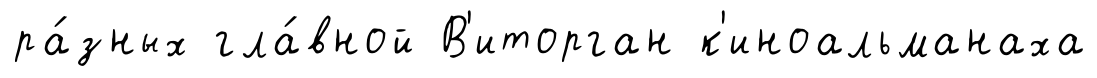
ра́зных гла́вной В'иторган к'иноальманаха